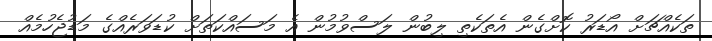
ތަކެއްޗަށް އޯޑަރު ކޮށްގެން އެތަކެތި ލިބުން ލަސްވުމުން އެ މަސައްކަތަށް ކުޑަވަރެއްގެ މަޑުޖެހުމެއް